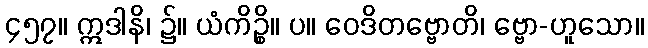
၄၅၇။ ဣဒါနိ၊ ၌။ ယံကိဉ္စိ။ ပ။ ဝေဒိတဗ္ဗောတိ၊ ဗ္ဗော-ဟူသော။